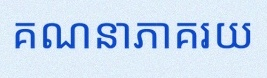
គណនាភាគរយ